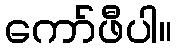
ကော်ဖီပါ။